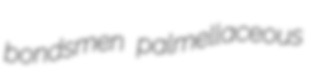
bondsmen palmellaceous